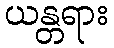
ယန္တရား